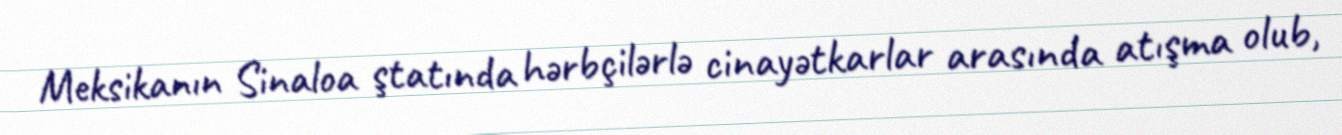
Meksikanın Sinaloa ştatında hərbçilərlə cinayətkarlar arasında atışma olub,